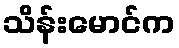
သိန်းမောင်က